Vaccination Hyderabad 1890-1903 - 1890-1903
Year: 1890
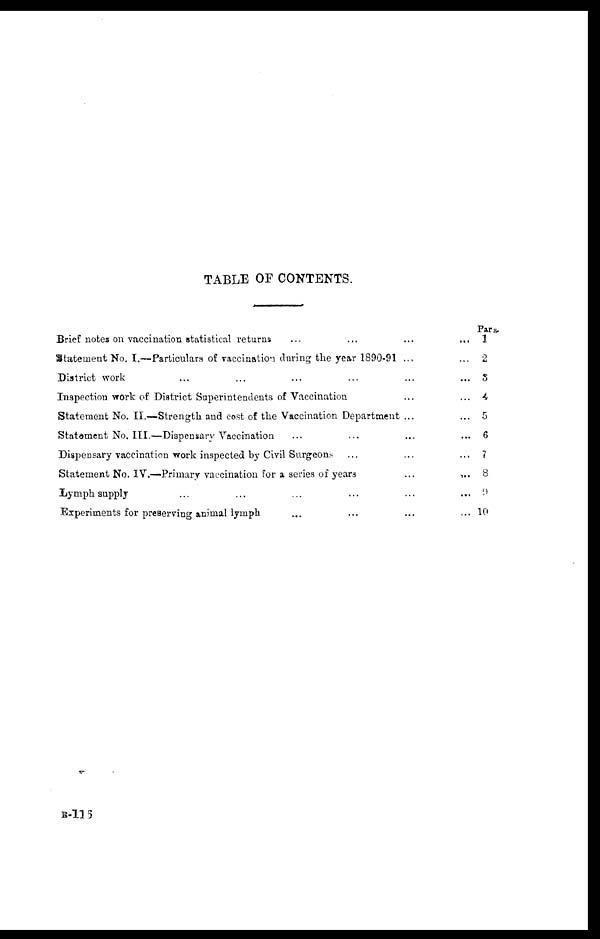
TABLE OF CONTENTS.
Brief notes on vaccination statistical returns ... ... ... ...
Statement No. I.—Particulars of vaccination during the year 1890-91 ... ...
District work ... ... ... ... ... ...
Inspection work of District Superintendents of Vaccination ... ...
Statement No. II.—Strength and cost of the Vaccination Department ... ...
Statement No. III.—Dispensary Vaccination ... ... ... ...
Dispensary vaccination work inspected by Civil Surgeons ... ... ...
Statement No. IV.—Primary vaccination for a series of years ... ...
Lymph supply ... ... ... ... ... ...
Experiments for preserving animal lymph ... ... ... ...
Para.
1
2
3
4
5
6
7
8
9
10
B-116